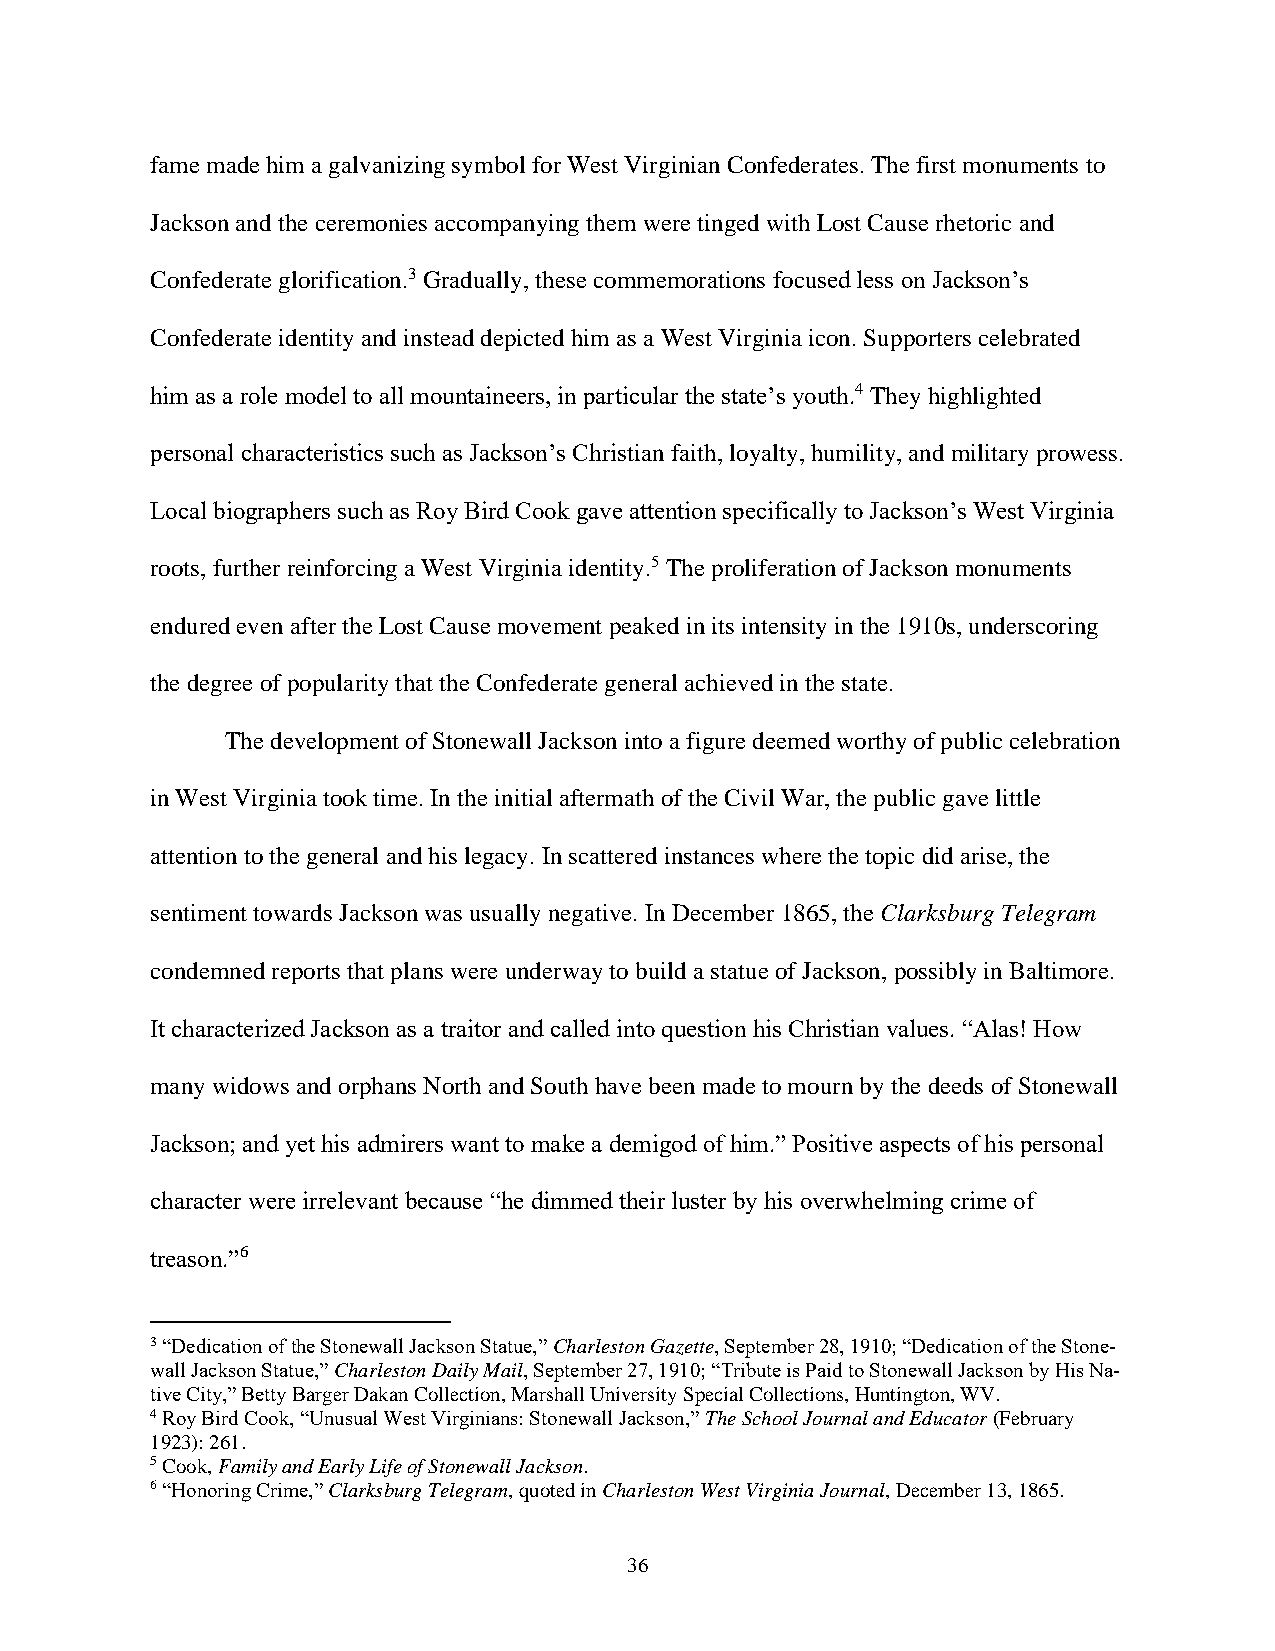
fame made him a galvanizing symbol for West Virginian Confederates. The first monuments to
 Jackson and the ceremonies accompanying them were tinged with Lost Cause rhetoric and
 Confederate glorification.3 Gradually, these commemorations focused less on Jackson’s
 Confederate identity and instead depicted him as a West Virginia icon. Supporters celebrated
 him as a role model to all mountaineers, in particular the state’s youth.4 They highlighted
 personal characteristics such as Jackson’s Christian faith, loyalty, humility, and military prowess.
 Local biographers such as Roy Bird Cook gave attention specifically to Jackson’s West Virginia
 roots, further reinforcing a West Virginia identity.5 The proliferation of Jackson monuments
 endured even after the Lost Cause movement peaked in its intensity in the 1910s, underscoring
 the degree of popularity that the Confederate general achieved in the state.
 The development of Stonewall Jackson into a figure deemed worthy of public celebration
 in West Virginia took time. In the initial aftermath of the Civil War, the public gave little
 attention to the general and his legacy. In scattered instances where the topic did arise, the
 sentiment towards Jackson was usually negative. In December 1865, the Clarksburg Telegram
 condemned reports that plans were underway to build a statue of Jackson, possibly in Baltimore.
 It characterized Jackson as a traitor and called into question his Christian values. “Alas! How
 many widows and orphans North and South have been made to mourn by the deeds of Stonewall
 Jackson; and yet his admirers want to make a demigod of him.” Positive aspects of his personal
 character were irrelevant because “he dimmed their luster by his overwhelming crime of
 treason.”6
 3 “Dedication of the Stonewall Jackson Statue,” Charleston Gazette, September 28, 1910; “Dedication of the Stone-
 wall Jackson Statue,” Charleston Daily Mail, September 27, 1910; “Tribute is Paid to Stonewall Jackson by His Na-
 tive City,” Betty Barger Dakan Collection, Marshall University Special Collections, Huntington, WV.
 4 Roy Bird Cook, “Unusual West Virginians: Stonewall Jackson,” The School Journal and Educator (February
 1923): 261.
 5 Cook, Family and Early Life of Stonewall Jackson.
 6 “Honoring Crime,” Clarksburg Telegram, quoted in Charleston West Virginia Journal, December 13, 1865.
 36